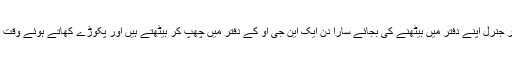
اور اب ڈائریکٹر جنرل اپنے دفتر میں بیٹھنے کی بجائے سارا دن ایک این جی او کے دفتر میں چھپ کر بیٹھتے ہیں اور پکوڑے کھاتے ہوئے وقت گزار دیتے ہیں۔